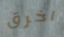
اخرق